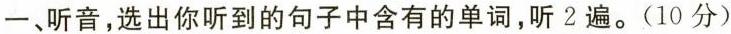
一、听音,选出你听到的句子中含有的单词,听2遍.(10分)